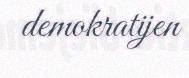
demokratijen